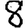
Digit: 8